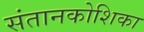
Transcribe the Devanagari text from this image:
संतानकोशिका